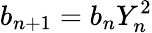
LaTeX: b_{n+1}=b_{n}Y_{n}^{2}